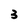
Character: 3